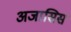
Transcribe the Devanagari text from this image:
अजासिस